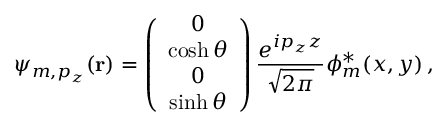
\psi _ { m , p _ { z } } ( { \bf r } ) = \left( \begin{array} { c } { { 0 } } \\ { { \cosh \theta } } \\ { { 0 } } \\ { { \sinh \theta } } \end{array} \right) { \frac { e ^ { i p _ { z } z } } { \sqrt { 2 \pi } } } { \phi _ { m } ^ { * } } ( { x , y } ) \, ,